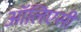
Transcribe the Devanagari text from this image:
ऑलिएसी